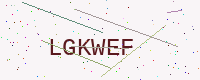
Text: LGKWEF